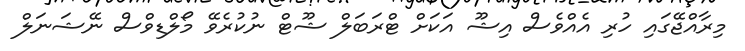
މިރާއްޖޭގައި ހުރި އެއްވެސް އިޝޫ އަކަށް ޓްރަބަލް ޝޫޓް ނުކުރެވޭ މޯލްޑިވްސް ނޭޝަނަލް